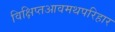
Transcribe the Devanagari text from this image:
विक्षिप्तआवमथपरिहार